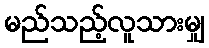
မည်သည့်လူသားမျှ